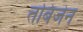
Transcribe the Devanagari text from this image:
तबिंजेन